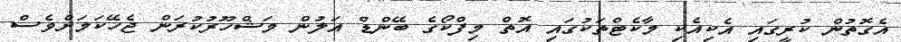
އެގޮތުން ކުރީގައި އެކިއެކި މާކެޓްތަކުގައި އޮތް މިފްކޯގެ ބޭންޑް އަލުން މަޝްހޫރުކުރަން ޖެހޭކަމަށްވެސް